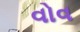
વોવ